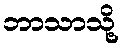
ဘာသာသို့